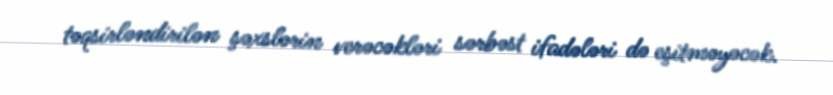
təqsirləndirilən şəxslərin verəcəkləri sərbəst ifadələri də eşitməyəcək.